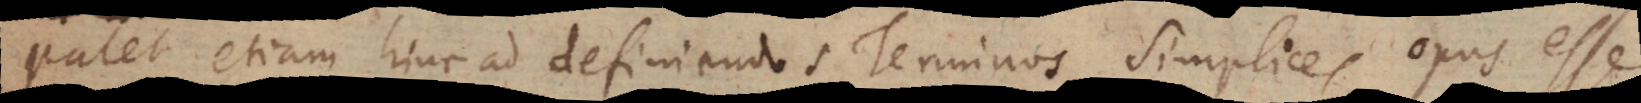
Patet etiam hinc ad definiendos Terminos Simplices opus esse